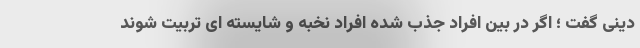
دینی گفت ؛ اگر در بین افراد جذب شده افراد نخبه و شایسته ای تربیت شوند